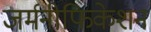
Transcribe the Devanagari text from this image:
जर्मनीफिकेशन